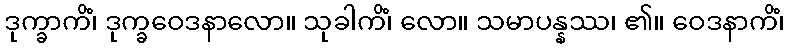
ဒုက္ခာကိံ၊ ဒုက္ခဝေဒနာလော။ သုခါကိံ၊ လော။ သမာပန္နဿ၊ ၏။ ဝေဒနာကိံ၊